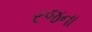
રજના